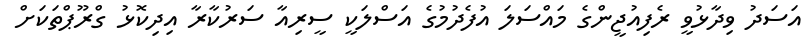
އަސަދު ވިދާޅުވީ ރެފިއުޖީންގެ މައްސަލަ އުފެދުމުގެ އަސްލަކީ ސީރިއާ ސަރުކާރާ އިދިކޮޅު ގްރޫޕްތަކަށް